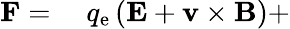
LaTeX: \begin{array}{rl}{\mathbf{F}={}}&{{}q_{\mathrm{e}}\left(\mathbf{E}+\mathbf{v}\times\mathbf{B}\right)+}\end{array}